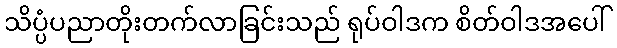
သိပ္ပံပညာတိုးတက်လာခြင်းသည် ရုပ်ဝါဒက စိတ်ဝါဒအပေါ်